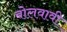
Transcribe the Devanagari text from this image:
बोलवावी